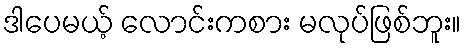
ဒါပေမယ့် လောင်းကစား မလုပ်ဖြစ်ဘူး။